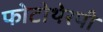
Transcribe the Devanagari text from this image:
फोटोथेरपी